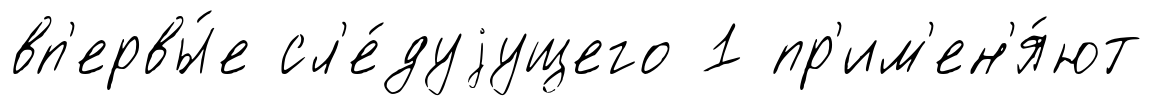
вп'ервы́е сл'е́дуjущего 1 пр'им'ен'я́ют